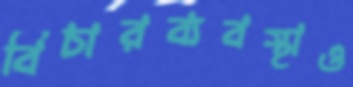
বিচারব্যবস্থাও